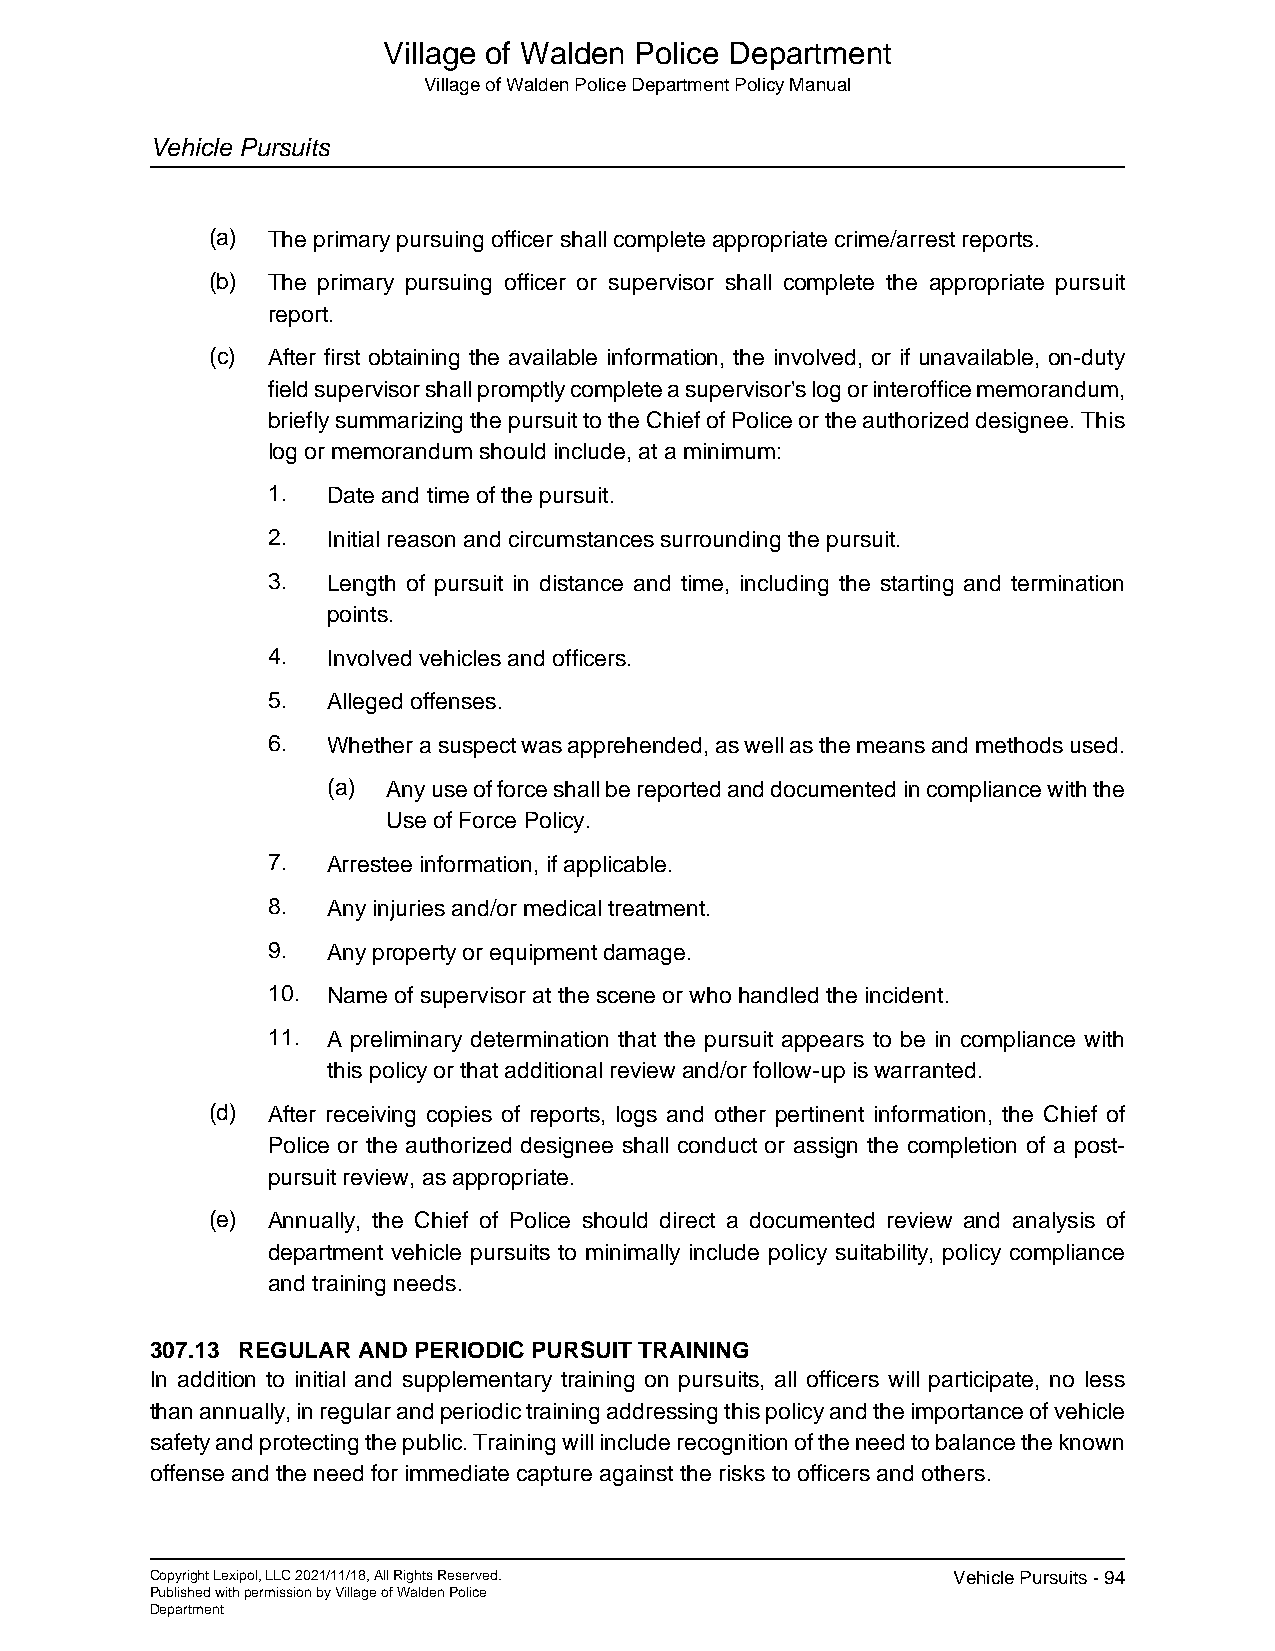
Village of Walden Police Department
 Village of Walden Police Department Policy Manual
 Vehicle Pursuits
 (a) The primary pursuing officer shall complete appropriate crime/arrest reports.
 (b) The primary pursuing officer or supervisor shall complete the appropriate pursuit
 report.
 (c) After first obtaining the available information, the involved, or if unavailable, on-duty
 field supervisor shall promptly complete a supervisor's log or interoffice memorandum,
 briefly summarizing the pursuit to the Chief of Police or the authorized designee. This
 log or memorandum should include, at a minimum:
 1.  Date and time of the pursuit.
 2.  Initial reason and circumstances surrounding the pursuit.
 3.  Length of pursuit in distance and time, including the starting and termination
 points.
 4.  Involved vehicles and officers.
 5.  Alleged offenses.
 6.  Whether a suspect was apprehended, as well as the means and methods used.
 (a) Any use of force shall be reported and documented in compliance with the
 Use of Force Policy.
 7.  Arrestee information, if applicable.
 8.  Any injuries and/or medical treatment.
 9.  Any property or equipment damage.
 10. Name of supervisor at the scene or who handled the incident.
 11. A preliminary determination that the pursuit appears to be in compliance with
 this policy or that additional review and/or follow-up is warranted.
 (d) After receiving copies of reports, logs and other pertinent information, the Chief of
 Police or the authorized designee shall conduct or assign the completion of a post-
 pursuit review, as appropriate.
 (e) Annually, the Chief of Police should direct a documented review and analysis of
 department vehicle pursuits to minimally include policy suitability, policy compliance
 and training needs.
 307.13 REGULAR AND PERIODIC PURSUIT TRAINING
 In addition to initial and supplementary training on pursuits, all officers will participate, no less
 than annually, in regular and periodic training addressing this policy and the importance of vehicle
 safety and protecting the public. Training will include recognition of the need to balance the known
 offense and the need for immediate capture against the risks to officers and others.
 Copyright Lexipol, LLC 2021/11/18, All Rights Reserved. Vehicle Pursuits - 94
 Published with permission by Village of Walden Police
 Department